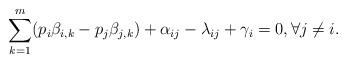
LaTeX: \begin{align*}\sum_{k=1}^m(p_i\beta_{i,k} - p_j\beta_{j,k}) + \alpha_{ij}- \lambda_{ij} + \gamma_{i} = 0,\forall j\neq i.\end{align*}